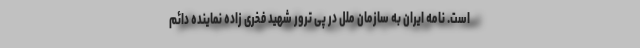
است. نامه ایران به سازمان ملل در پی ترور شهید فخری زاده نماینده دائم